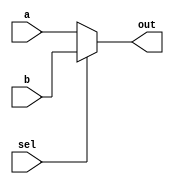
`timescale 1ns / 1ps
//
// This is just what it looks like.
//
module mux_2(
	input [31:0] a, b,
	input sel,
	output [31:0] out
);

	assign out = sel ? b : a;

endmodule